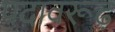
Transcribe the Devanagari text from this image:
पदावरूढ़